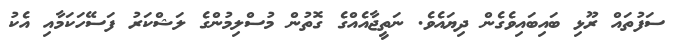
ސަފުތައް ރޫޅި ބައިބައިވެގެން ދިޔައެވެ. ނަތީޖާއެއްގެ ގޮތުން މުސްލިމުންގެ ލަޝްކަރު ފަސޭހަކަމާއި އެކު